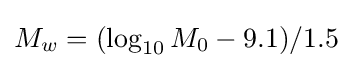
M_{w}=(\log _{10}M_{0}-9.1)/1.5